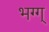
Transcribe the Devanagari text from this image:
भग्ग्